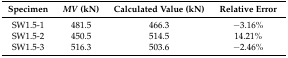
| Specimen | MV (kN) | Calculated Value (kN) | Relative Error |
 | --- | --- | --- | --- |
 | SW1.5-1 | 481.5 | 466.3 | −3.16% |
 | SW1.5-2 | 450.5 | 514.5 | 14.21% |
 | SW1.5-3 | 516.3 | 503.6 | −2.46% |